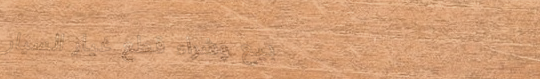
بيع وشراء قطع غيار السيار